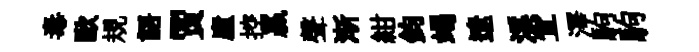
毒歐規語贾廬控贏聲渐紺鈞竭遼溪宜澤駒駒